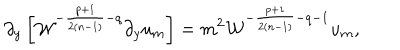
\partial _ { y } \left[ { \cal W } ^ { - { \frac { p + 1 } { 2 ( n - 1 ) } } - q } \partial _ { y } u _ { m } \right] = m ^ { 2 } { \cal W } ^ { - { \frac { p + 1 } { 2 ( n - 1 ) } } - q - 1 } u _ { m } ,